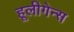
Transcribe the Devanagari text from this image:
हूलीगेन्स